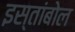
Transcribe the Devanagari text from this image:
इस्तांबोल